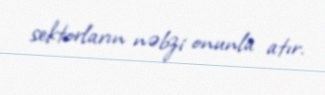
sektorların nəbzi onunla atır.